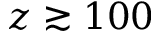
z \gtrsim 1 0 0